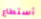
أستطاع